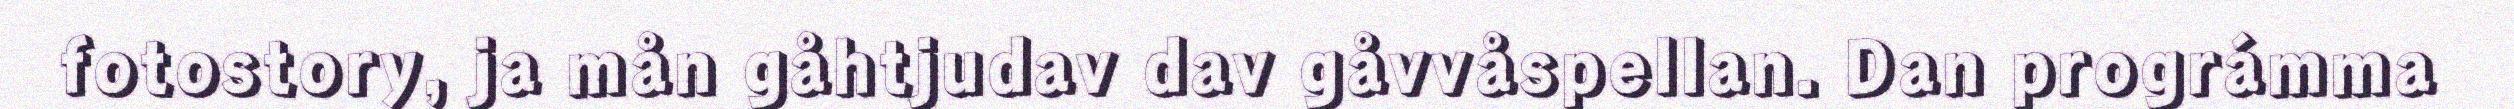
fotostory, ja mån gåhtjudav dav gåvvåspellan. Dan prográmma